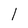
Character: l